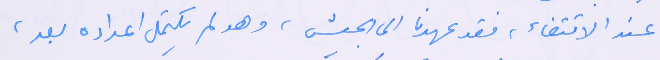
عند الاقتضاء، فقد عهدنا الى الجيش، وهو لم يكتمل اعداده بعد،